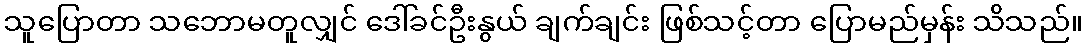
သူပြောတာ သဘောမတူလျှင် ဒေါ်ခင်ဦးနွယ် ချက်ချင်း ဖြစ်သင့်တာ ပြောမည်မှန်း သိသည်။